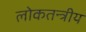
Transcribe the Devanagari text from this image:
लोकतन्त्रीय